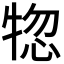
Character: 𤙹